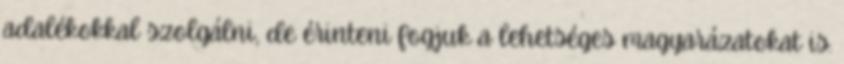
adalékokkal szolgálni, de érinteni fogjuk a lehetséges magyarázatokat is.